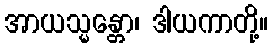
အာယသ္မန္တော၊ ဒါယကာတို့။